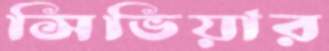
সিভিয়ার